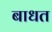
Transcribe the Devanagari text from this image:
बाधत